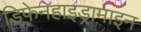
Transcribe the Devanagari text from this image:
डिफेनहाइड्रामाइन